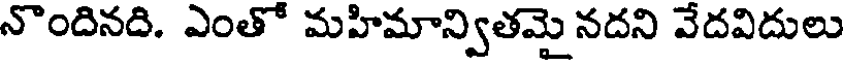
నొందినది. ఎంతో మహిమాన్వితమై నదని వేదవిదులు